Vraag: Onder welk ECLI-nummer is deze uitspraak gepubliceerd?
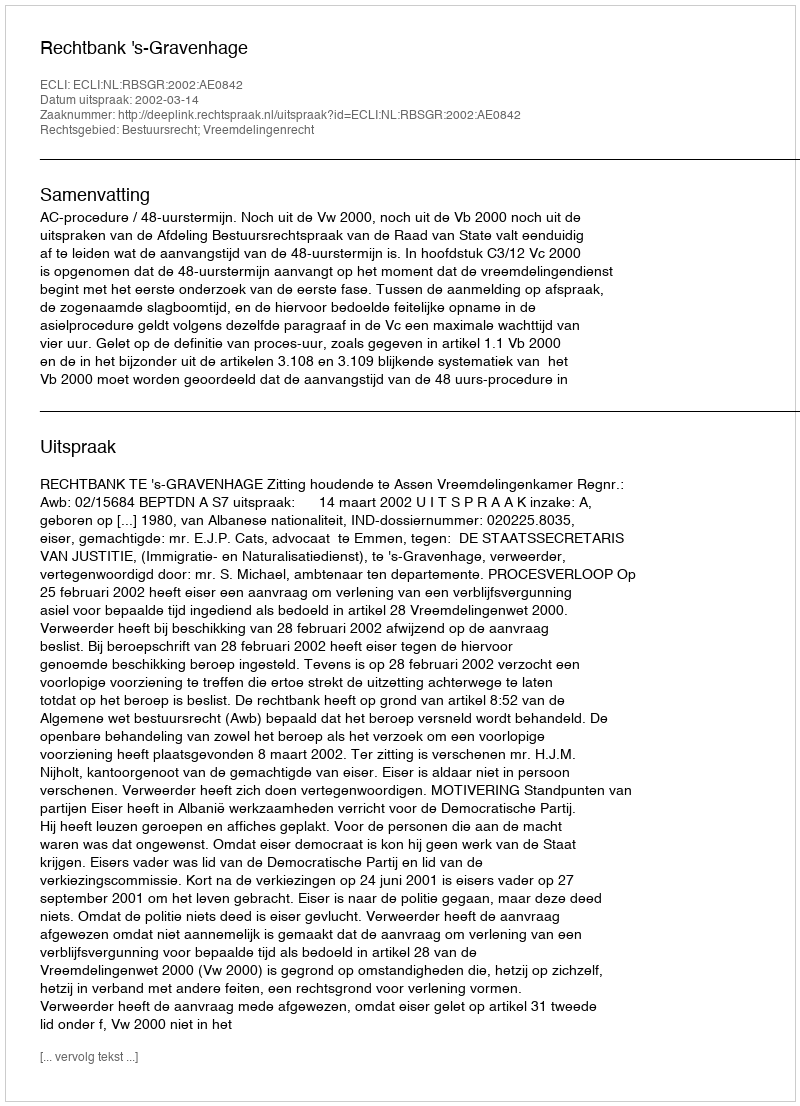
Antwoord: ECLI:NL:RBSGR:2002:AE0842